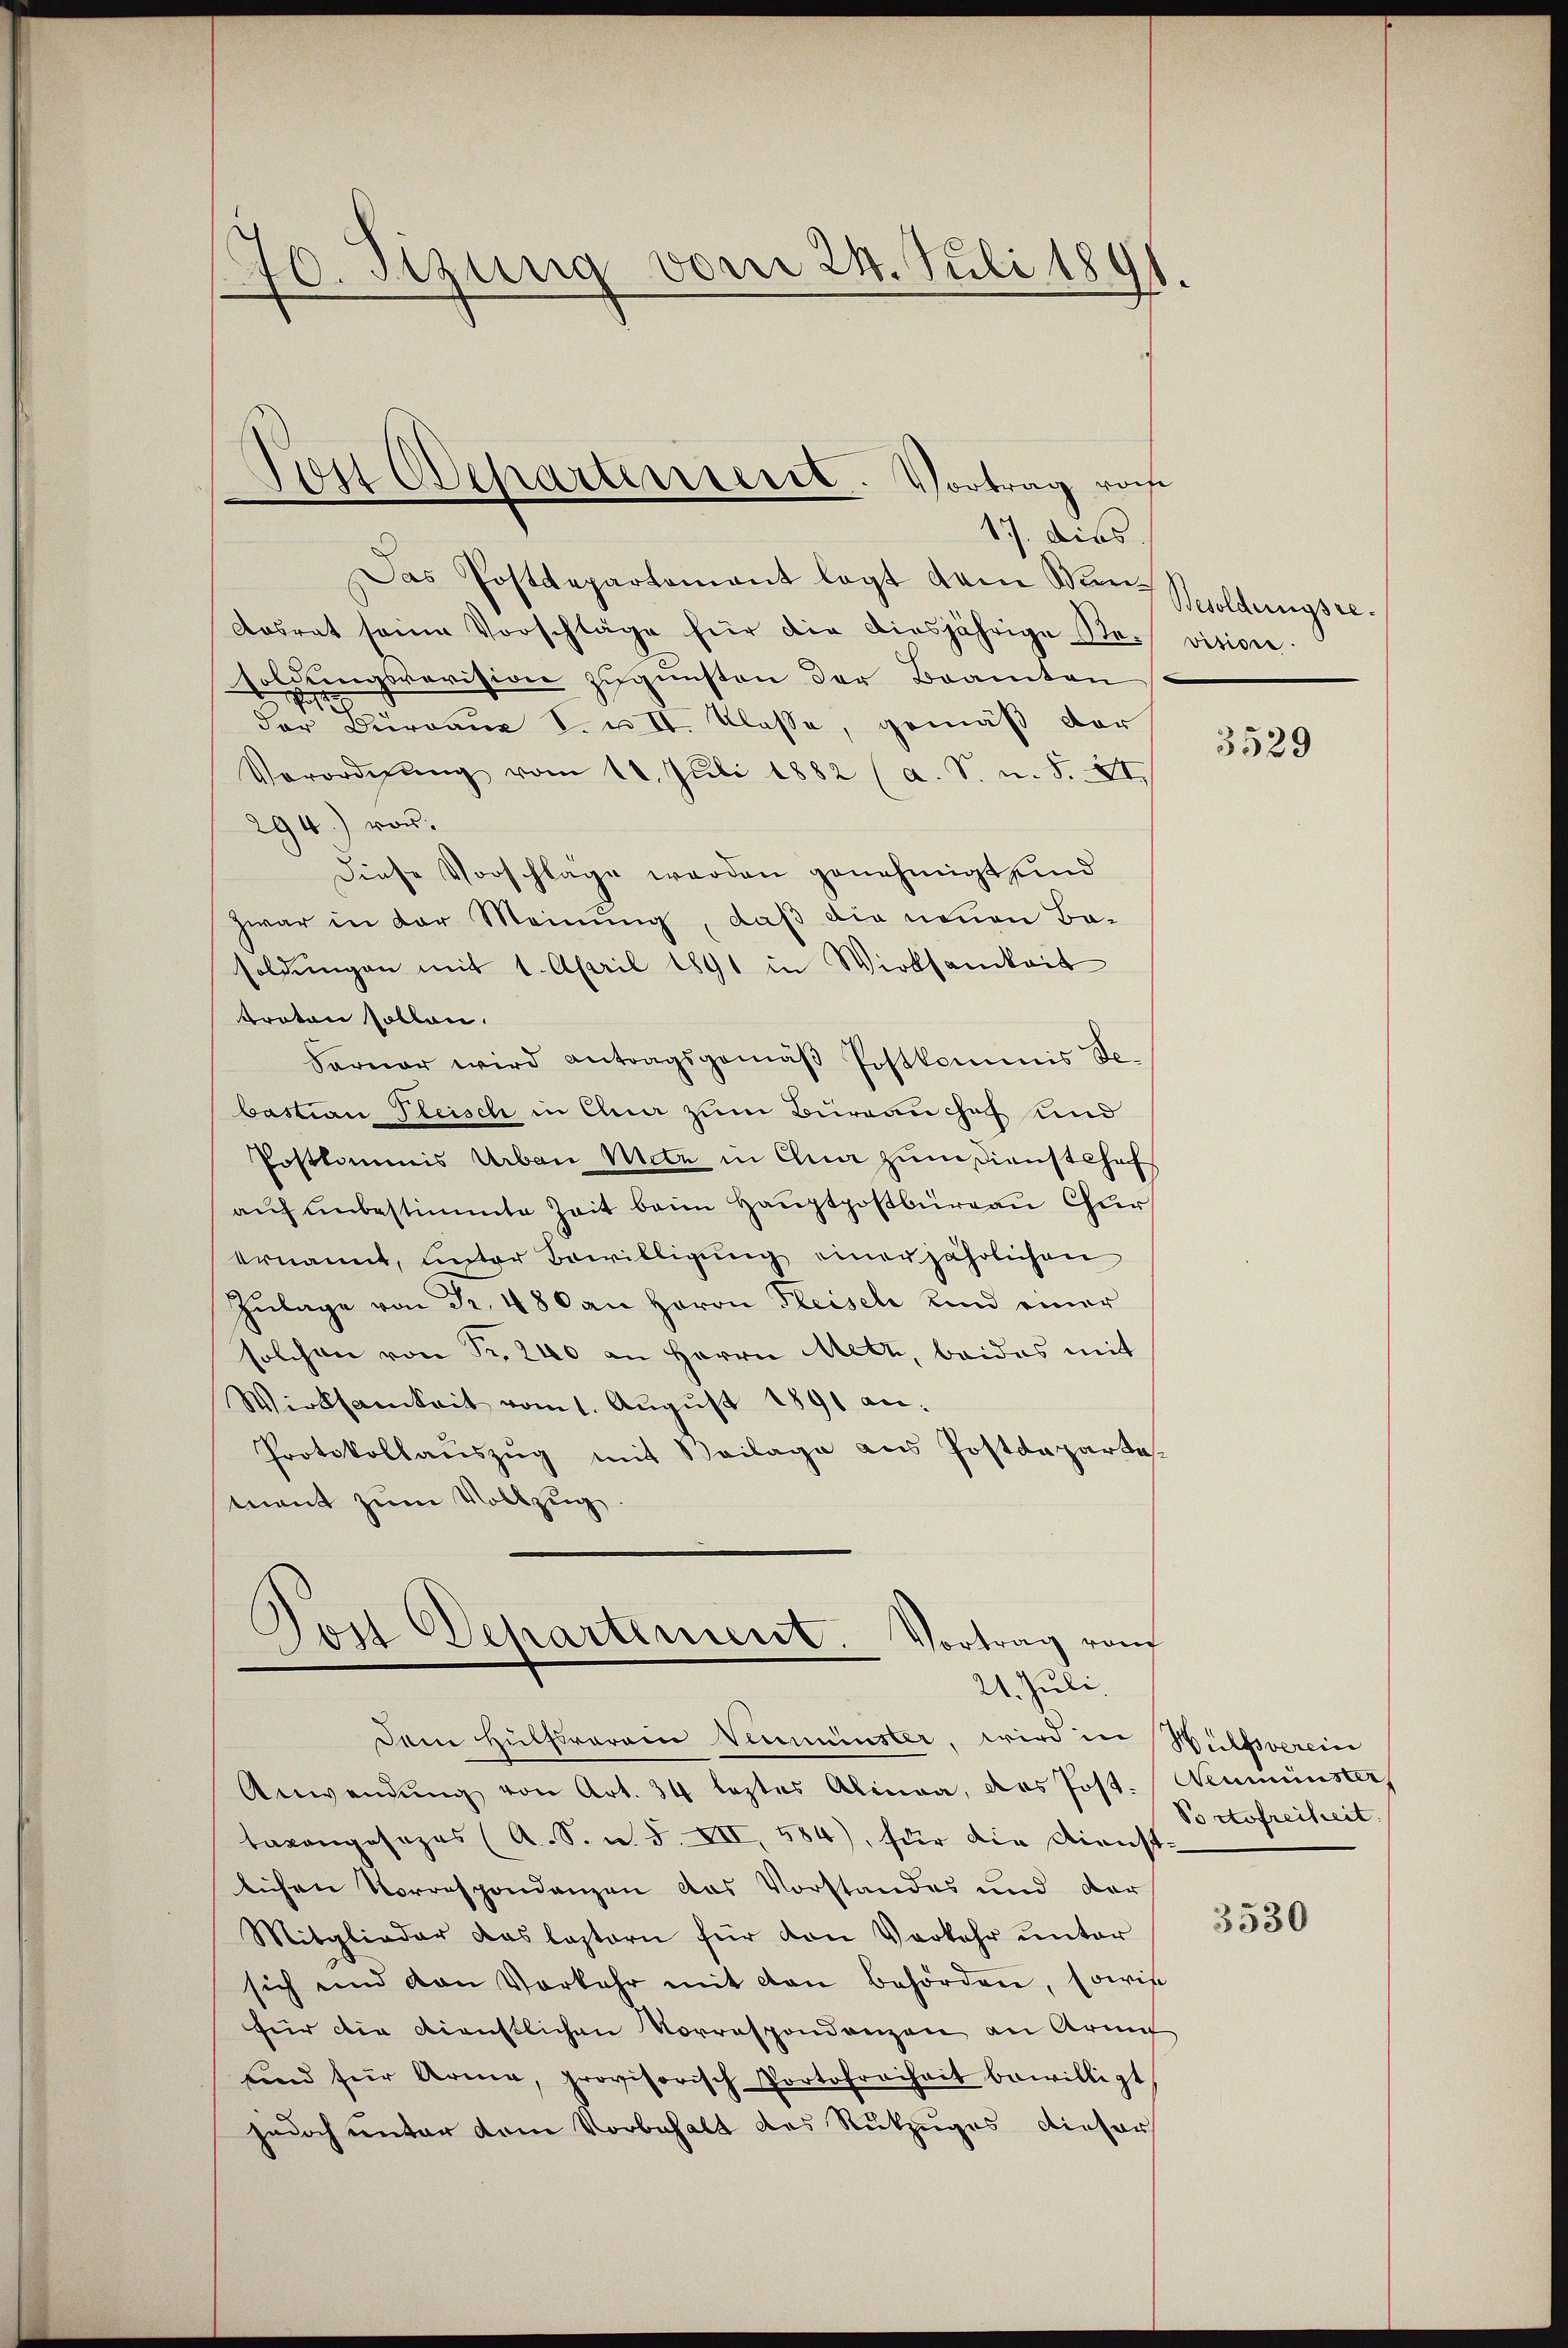
170. Sizung vom 24. Juli 1891.

Das Postdepartement legt dem Mini-
Aosrat seine Vorschläge für die diesjährige Resoldungsrevision zugunsten der Beamten
der Bureaux S. u. II. Klasse, gemäß der
Verordnŭng vom 18. Juli 1882 (a. S. n. F. XI.
294) vor.
Diese Vorschläge werden genehmigt sind
zwar in der Meinung, daß die neuen Ba-
soldungen mit 1. April 1891 in Wirksamkeit
Proton sollen.
Ferner wird antragsgemäβ Postkommis Sebastian Pleisch in Chur zum Burgauchof und
Postkommis Urban Mitz in Chun zum sienstehof
auf unbestimmte Zeit beim Hauptpostbüreau Chur
ernannt, unter Bewilligung einer jährlichen
Zŭlage von Fr. 480 an Herrn Fleisel und einer
solchen von Fr. 240 an Herrn Metz, beides mit
Wirksamkeit vom 1. August 1891 an:
Protokollauszug mit Beilage aus Postdepartemant zum Vollzug.

Jost Odepartenseret. Vortrag roche
17. dies.

Jost Departement. Vortrag von
21. Juli.

Dem Hülffraraine Verminster, wird in Hülfsverein
Anwendŭng von Art. 34 leztes Alinea, das Post. Neumünster
tavongesezes (A. S. u. s. XII, 584), für die Dienst-
lichen Vorrespondenzen das Vorstandes und der
Mitglieder das lastern für den Verkehr ŭnter
sich und van Vorkehr mit den behörden, sowie
für die Dienstlichen Vorrespondenzen an Arme
sind für Arma, provisorisch Portofreiheit bewilligt,
jedoch unter dem Vorbehalt des Rükzuges dieser

Besoldungsrevisione

3529

Portofreiheit.

3530